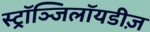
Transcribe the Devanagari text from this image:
स्ट्रॉञ्जिलॉयडीज़